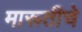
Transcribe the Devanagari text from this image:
मारूतीचे